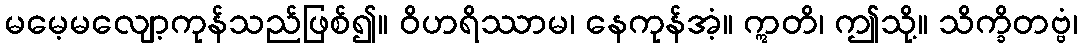
မမေ့မလျော့ကုန်သည်ဖြစ်၍။ ဝိဟရိဿာမ၊ နေကုန်အံ့။ ဣတိ၊ ဤသို့။ သိက္ခိတဗ္ဗံ၊